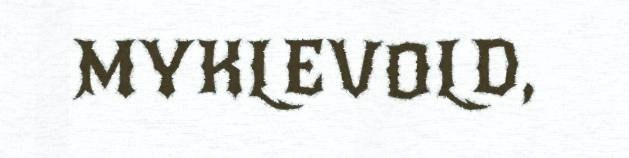
MYKLEVOLD,